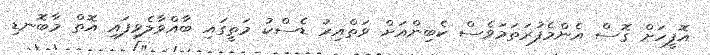
އޮފީހަށް ގޮސް އެންމެފުރަތަމަވެސް ކެބިންއަށް ވަތްއިރު ޑެސްކު މަތީގައި ބާއްވާލެވިފައި އޮތް މާބޮނޑި